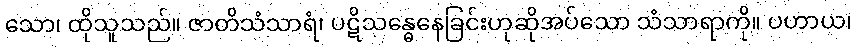
သော၊ ထိုသူသည်။ ဇာတိသံသာရံ၊ ပဋိသန္ဓေနေခြင်းဟုဆိုအပ်သော သံသာရာကို။ ပဟာယ၊